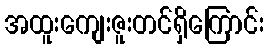
အထူးကျေးဇူးတင်ရှိကြောင်း